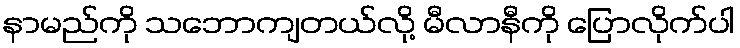
နာမည်ကို သဘောကျတယ်လို့ မီလာနီကို ပြောလိုက်ပါ